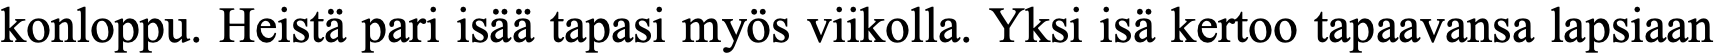
konloppu. Heistä pari isää tapasi myös viikolla. Yksi isä kertoo tapaavansa lapsiaan